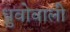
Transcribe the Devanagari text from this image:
ध्रुवोवाली